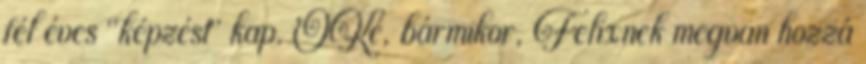
fél éves "képzést" kap. OKé, bármikor, Felixnek megvan hozzá